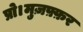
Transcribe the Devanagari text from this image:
प्रो।मुज़फ़्फ़र